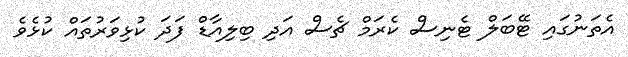
އެތަނުގައި ޓޭބަލް ޓެނިސް ކެރަމް ޗެސް އަދި ބިލިއާޑް ފަދަ ކުޅިވަރުތައް ކުޅެވެ